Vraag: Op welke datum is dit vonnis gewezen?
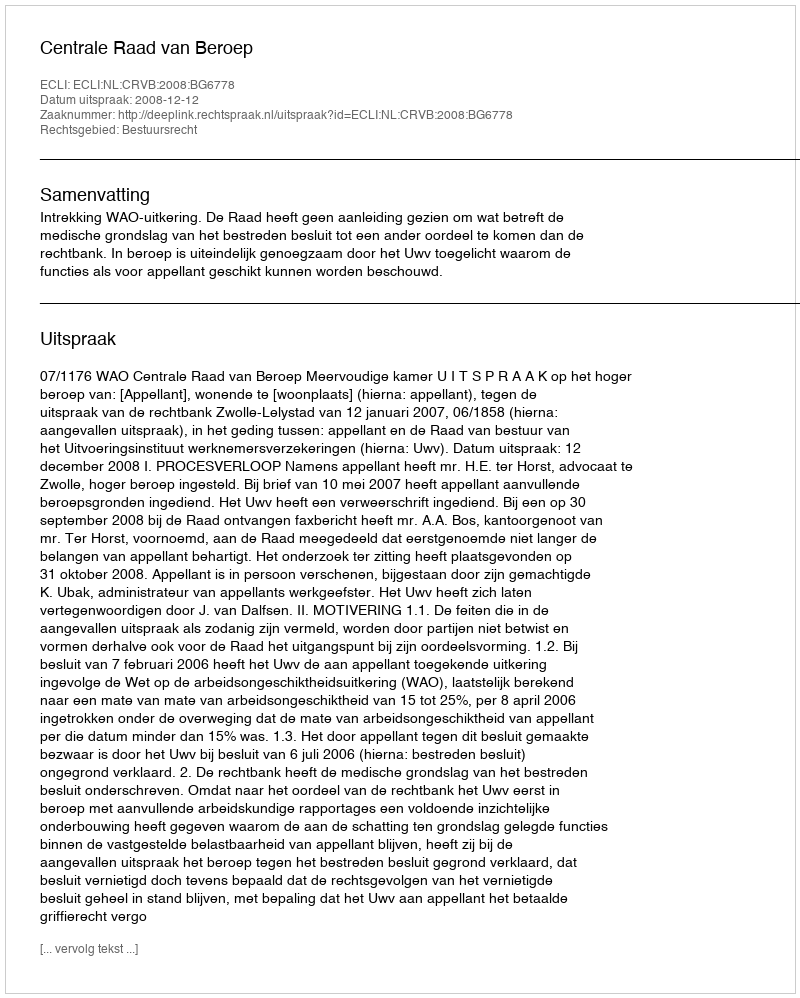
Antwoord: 2008-12-12